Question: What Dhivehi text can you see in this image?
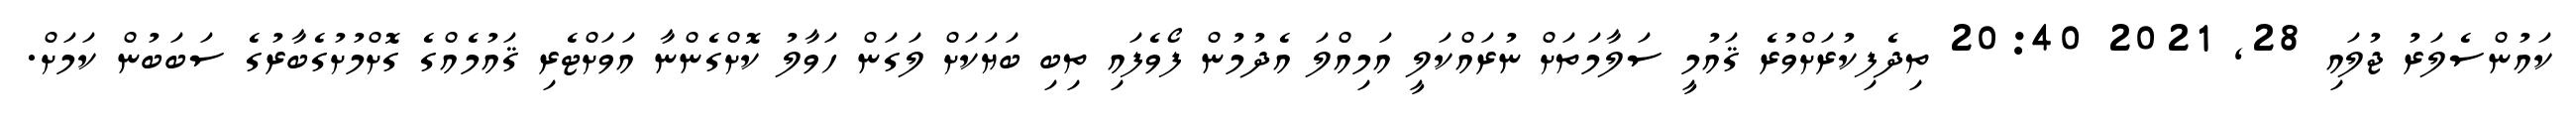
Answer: ކައުންސެލަރު ޖުލައި 28, 2021 20:40 ތިދެފިކުރަށްވުރެ ޤައުމީ ސަލާމަތަށް ނުރައްކަލީ އަމިއްލަ އެދުމުން ފޯވެފައި ތިބި ބަޔަކަށް ލަގަން ހަވާލު ކޮށްގެންނާ އަވަށްޓެރި ޤައުމެއްގެ ގޮށްމުށުގެބާރުގެ ސަބަބުން ކަމަށް.